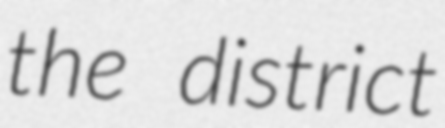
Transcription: the district